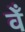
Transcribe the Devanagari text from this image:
वेँ